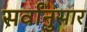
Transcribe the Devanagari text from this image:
सर्वांनुसार